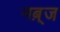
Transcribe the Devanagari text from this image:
नब़्ज